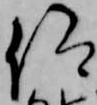
仰